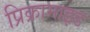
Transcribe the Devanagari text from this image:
प्रिक्रामाइड